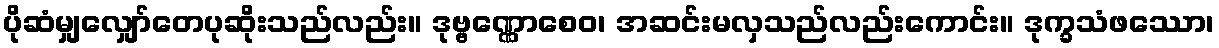
ပိုဆံမျှလျှော်တေပုဆိုးသည်လည်း။ ဒုဗ္ဗဏ္ဏောစေဝ၊ အဆင်းမလှသည်လည်းကောင်း။ ဒုက္ခသံဖဿော၊